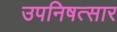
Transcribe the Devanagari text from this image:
उपनिषत्सार